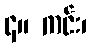
၄။ ကင်း၊